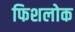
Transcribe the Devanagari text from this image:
फिशलोक